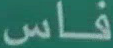
فاس